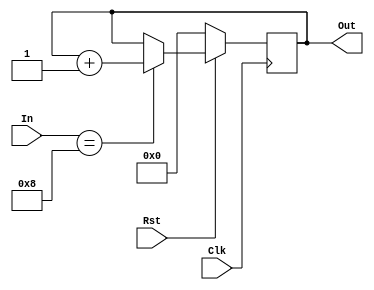
module CounterB(In,Out,Clk,Rst);
input [3:0]In;
input Clk,Rst;
output [3:0]Out;
reg [3:0]Out;
always @(posedge Clk)
 begin
  if (Rst==0)
   begin
    Out<=4'b0000;
    end
   else
    begin
     if (In==4'b1000)
      begin
       Out<=Out+4'b0001;
      end 
     end
   end
endmodule